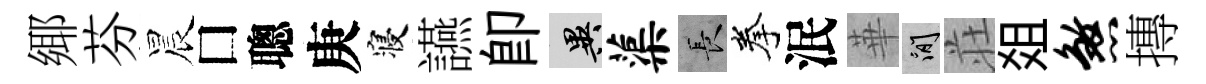
鄊芬晨□聰庚寝讌卽异蕖长拳泯華閑荘爼煞摶